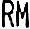
RM